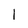
Character: I